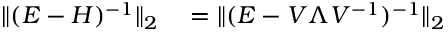
\begin{array} { r l } { \| ( E - H ) ^ { - 1 } \| _ { 2 } } & { { } = \| ( E - V \Lambda V ^ { - 1 } ) ^ { - 1 } \| _ { 2 } } \end{array}